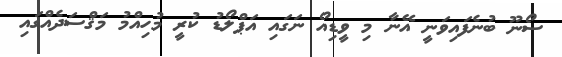
ސޯނޫ ބުނެފައިވަނީ އޭނާ މި ވީޑިއޯ ނަގައި އަޕްލޯޑު ކުރީ މުހިއްމު މަޤްސަދެއްގައި